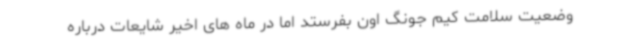
وضعیت سلامت کیم جونگ اون بفرستد اما در ماه های اخیر شایعات درباره